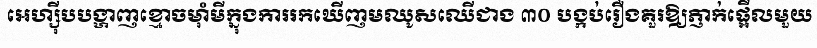
អេហ្ស៊ីបបង្ហាញខ្មោចម៉ាំមីក្នុងការរកឃើញមឈូសឈើជាង ៣០ បង្កប់រឿងគួរឱ្យភ្ញាក់ផ្អើលមួយ